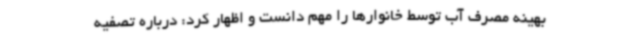
بهینه مصرف آب توسط خانوارها را مهم دانست و اظهار کرد: درباره تصفیه